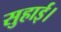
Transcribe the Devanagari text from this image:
सुहाई।